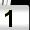
Digit: 1